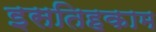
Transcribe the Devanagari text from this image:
इसतिहकाम